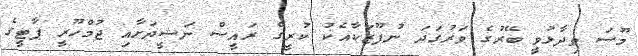
މޫސަ ވިދާޅުވީ ބޭރުގެ ވަރުގަދަ ނުފޫޒަކާއެކު ކުރީގެ ރައީސް ނަޝީދަށާއި ޖުމްހޫރީ ޕާޓީގެ